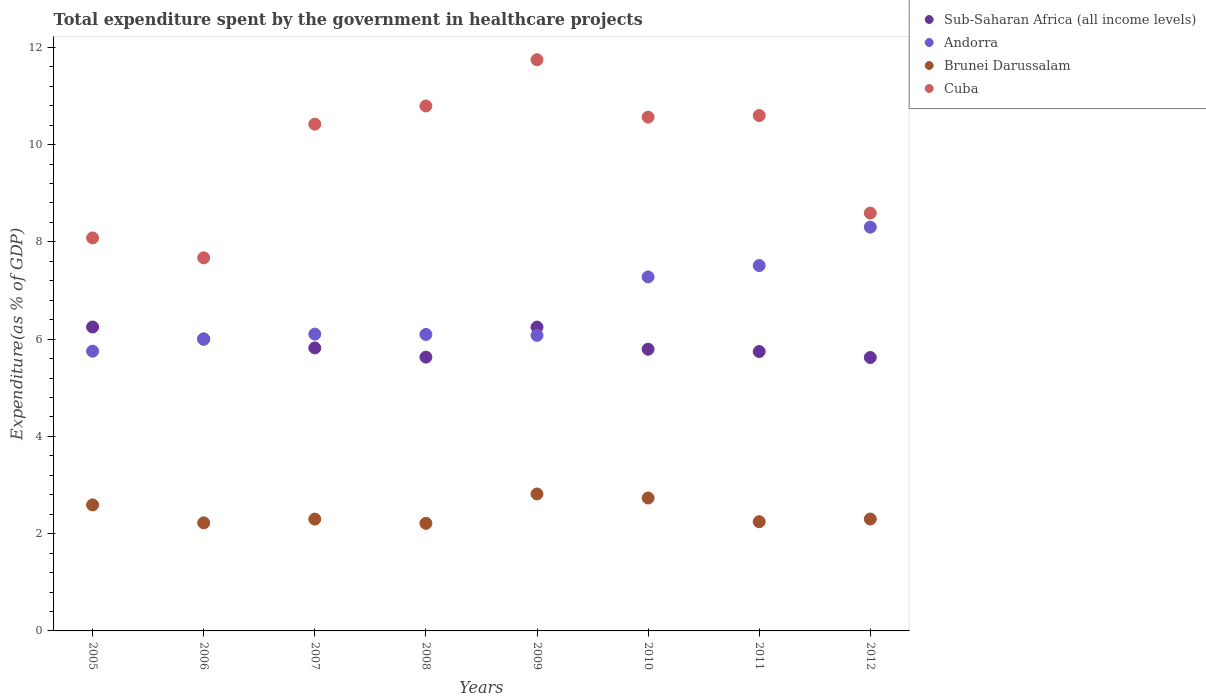
| Years | Sub-Saharan Africa (all income levels) | Andorra | Brunei Darussalam | Cuba |
 | --- | --- | --- | --- | --- |
 | 2005 | 6.25 | 5.75 | 2.59 | 8.08 |
 | 2006 | 6 | 6 | 2.22 | 7.67 |
 | 2007 | 5.82 | 6.1 | 2.3 | 10.4 |
 | 2008 | 5.63 | 6.1 | 2.21 | 10.8 |
 | 2009 | 6.25 | 6.08 | 2.82 | 11.7 |
 | 2010 | 5.79 | 7.28 | 2.73 | 10.6 |
 | 2011 | 5.74 | 7.51 | 2.25 | 10.6 |
 | 2012 | 5.62 | 8.3 | 2.3 | 8.59 |